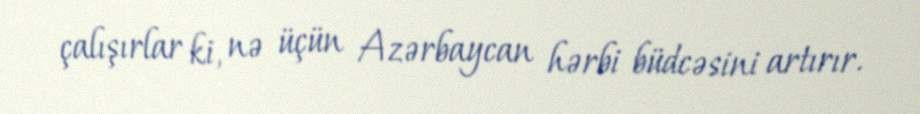
çalışırlar ki, nə üçün Azərbaycan hərbi büdcəsini artırır.